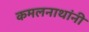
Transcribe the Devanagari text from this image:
कमलनाथांनी